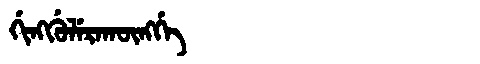
Manchu: ᡤᡳᠩᡤᡠᠯᡝᡵᠠᡴᡡᠩᡤᡝ
Romanization: GINGGULERAKŪNGGE